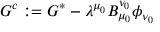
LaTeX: G ^ { c } : = G ^ { * } - \lambda ^ { \mu _ { 0 } } B _ { \mu _ { 0 } } ^ { \nu _ { 0 } } \phi _ { \nu _ { 0 } }